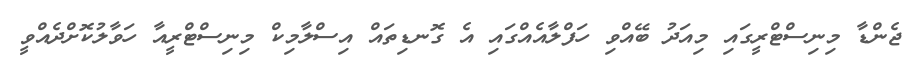
ޖެންޑާ މިނިސްޓްރީގައި މިއަދު ބޭއްވި ހަފްލާއެއްގައި އެ ގޮނޑިތައް އިސްލާމިކް މިނިސްޓްރީއާ ހަވާލުކޮށްދެއްވީ